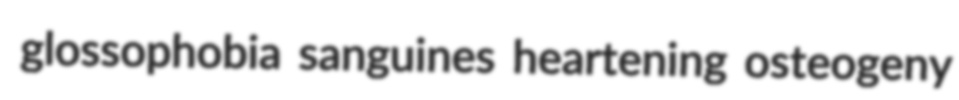
glossophobia sanguines heartening osteogeny